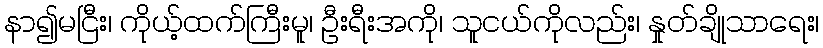
နာ၍မငြီး၊ ကိုယ့်ထက်ကြီးမူ၊ ဦးရီးအကို၊ သူငယ်ကိုလည်း၊ နှုတ်ချိုသာရေး၊